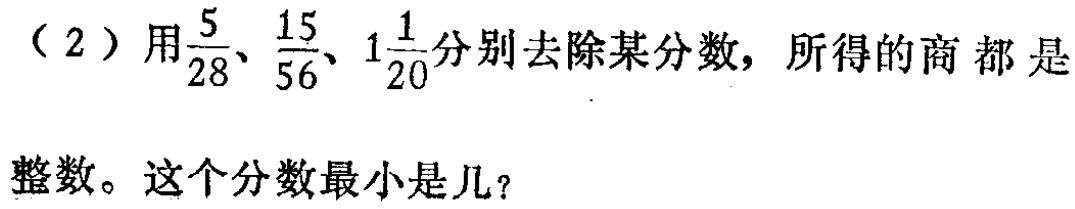
（2）用$\frac{5}{28}$、$\frac{15}{56}$、$1\frac{1}{20}$分别去除某分数，所得的商都是整数。这个分数最小是几？